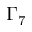
\Gamma _ { 7 }